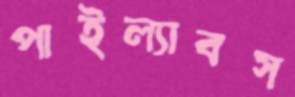
পাইল্যাবস